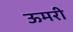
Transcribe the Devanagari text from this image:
ऊमरी